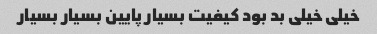
خیلی خیلی بد بود کیفیت بسیار پایین بسیار بسیار